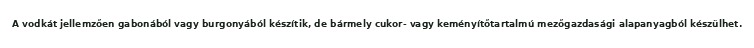
A vodkát jellemzően gabonából vagy burgonyából készítik, de bármely cukor- vagy keményítőtartalmú mezőgazdasági alapanyagból készülhet.